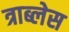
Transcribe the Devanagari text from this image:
त्राब्लेस